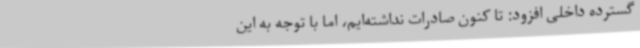
گسترده داخلی افزود: تا کنون صادرات نداشته‌ایم، اما با توجه به این